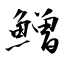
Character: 鱛